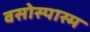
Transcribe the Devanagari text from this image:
वसोस्पास्म